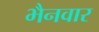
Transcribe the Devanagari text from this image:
भैनवार